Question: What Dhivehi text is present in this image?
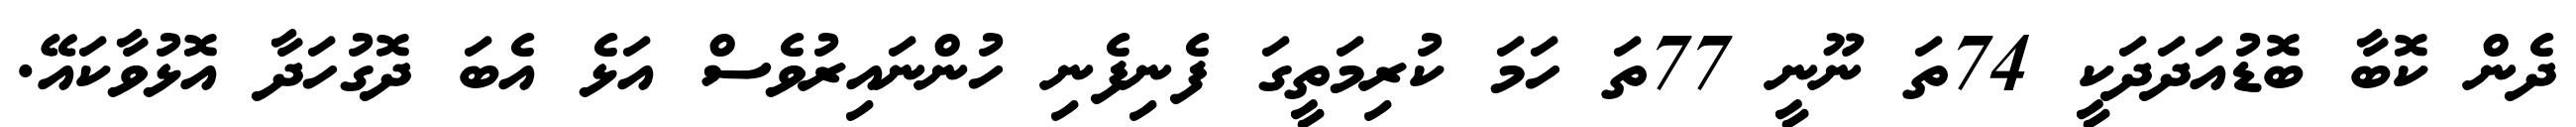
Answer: ދެން ކޮބާ ބޮޑުއަދަދަކީ 74ތަ ނޫނީ 77ތަ ހަމަ ކުރިމަތީގަ ފެނިފެނި ހުންނައިރުވެސް އަޅެ އެބަ ދޮގުހަދާ އޮޅުވާކައޭ.